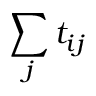
\sum _ { j } t _ { i j }